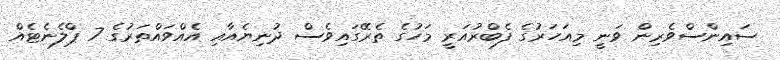
ސައިންސްވެރިން ވަނީ މިއަހަރުގެ ފެބްރުއަރީ މަހުގެ ތެރޭގައިވެސް ދުނިޔެއާއި އެއްވައްތަރުގެ 7 ޕްލެނެޓެއް